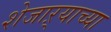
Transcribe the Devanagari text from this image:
शेजाऱ्याच्या